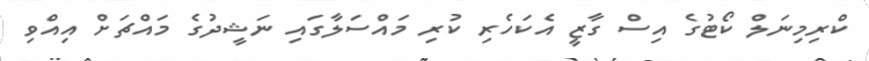
ކްރިމިނަލް ކޯޓުގެ އިސް ގާޒީ އެކަހެރި ކުރި މައްސަލާގައި ނަޝީދުގެ މައްޗަށް އިއްވި